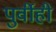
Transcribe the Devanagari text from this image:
पुर्वीही